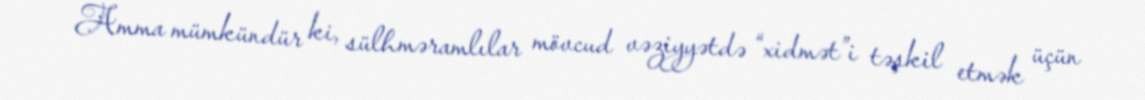
Amma mümkündür ki, sülhməramlılar mövcud vəziyyətdə “xidmət”i təşkil etmək üçün